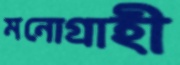
মনোগ্রাহী